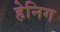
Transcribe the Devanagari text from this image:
हेनिग